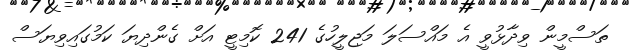
ތަސްމީން ވިދާޅުވީ އެ މައްސަލަ މަޖިލީހުގެ 241 ކޮމިޓީ އަށް ގެންދިޔަ ކަމުގައިވިޔަސް